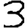
Digit: 3